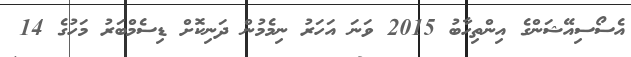
އެސޯސިއޭޝަންގެ އިންތިހާބު 2015 ވަނަ އަހަރު ނިމެމުން ދަނިކޮށް ޑިސެމްބަރު މަހުގެ 14